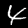
Digit: 4